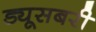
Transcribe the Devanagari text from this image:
ड्यूसबरी